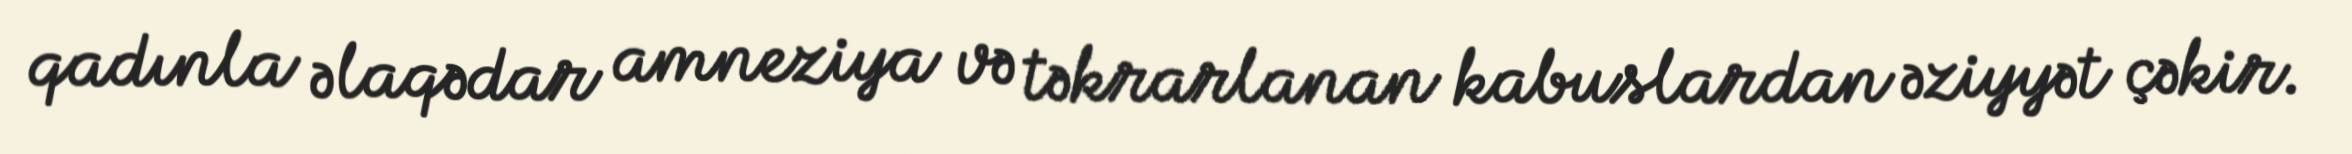
qadınla əlaqədar amneziya və təkrarlanan kabuslardan əziyyət çəkir.